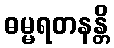
ဓမ္မရတနန္တိ